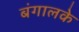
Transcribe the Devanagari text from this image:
बंगालके